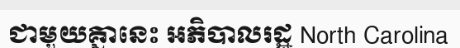
ជាមួយគ្នានេះ អភិបាលរដ្ឋ North Carolina